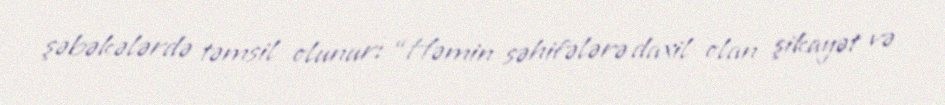
şəbəkələrdə təmsil olunur: “Həmin səhifələrə daxil olan şikayət və